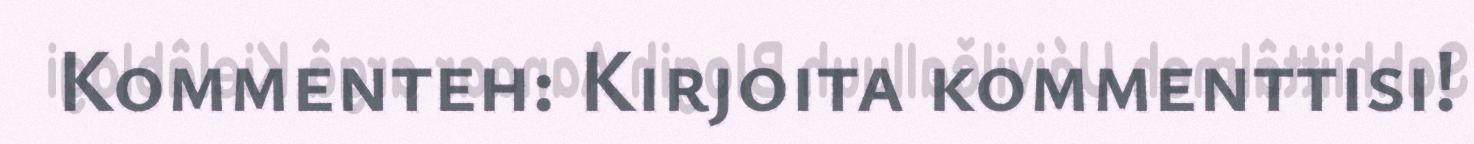
Kommenteh: Kirjoita kommenttisi!